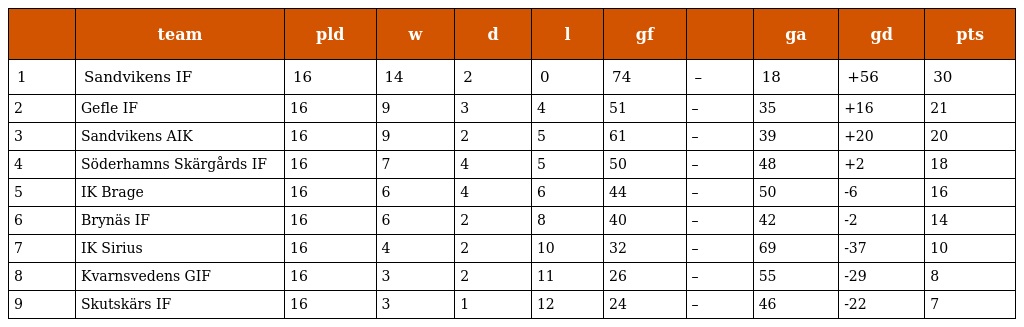
|  | team | pld | w | d | l | gf |  | ga | gd | pts |
 | --- | --- | --- | --- | --- | --- | --- | --- | --- | --- | --- |
 | 1 | Sandvikens IF | 16 | 14 | 2 | 0 | 74 | – | 18 | +56 | 30 |
 | 2 | Gefle IF | 16 | 9 | 3 | 4 | 51 | – | 35 | +16 | 21 |
 | 3 | Sandvikens AIK | 16 | 9 | 2 | 5 | 61 | – | 39 | +20 | 20 |
 | 4 | Söderhamns Skärgårds IF | 16 | 7 | 4 | 5 | 50 | – | 48 | +2 | 18 |
 | 5 | IK Brage | 16 | 6 | 4 | 6 | 44 | – | 50 | -6 | 16 |
 | 6 | Brynäs IF | 16 | 6 | 2 | 8 | 40 | – | 42 | -2 | 14 |
 | 7 | IK Sirius | 16 | 4 | 2 | 10 | 32 | – | 69 | -37 | 10 |
 | 8 | Kvarnsvedens GIF | 16 | 3 | 2 | 11 | 26 | – | 55 | -29 | 8 |
 | 9 | Skutskärs IF | 16 | 3 | 1 | 12 | 24 | – | 46 | -22 | 7 |